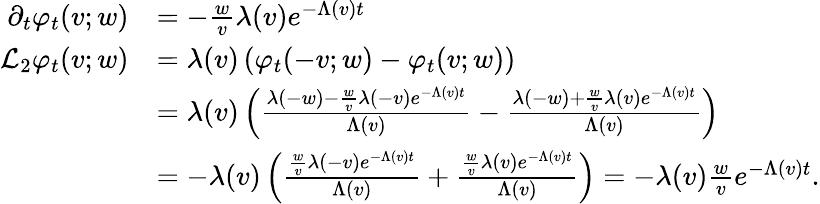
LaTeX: \begin{array}{rl}{\partial_{t}\varphi_{t}(v;w)}&{=-\frac{w}{v}\lambda(v)e^{-\Lambda(v)t}}\\ {\mathcal{L}_{2}\varphi_{t}(v;w)}&{=\lambda(v)\left(\varphi_{t}(-v;w)-\varphi_{t}(v;w)\right)}\\ &{=\lambda(v)\left(\frac{\lambda(-w)-\frac{w}{v}\lambda(-v)e^{-\Lambda(v)t}}{\Lambda(v)}-\frac{\lambda(-w)+\frac{w}{v}\lambda(v)e^{-\Lambda(v)t}}{\Lambda(v)}\right)}\\ &{=-\lambda(v)\left(\frac{\frac{w}{v}\lambda(-v)e^{-\Lambda(v)t}}{\Lambda(v)}+\frac{\frac{w}{v}\lambda(v)e^{-\Lambda(v)t}}{\Lambda(v)}\right)=-\lambda(v)\frac{w}{v}e^{-\Lambda(v)t}.}\end{array}